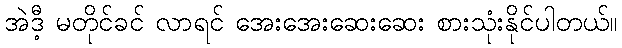
အဲဒီ့ မတိုင်ခင် လာရင် အေးအေးဆေးဆေး စားသုံးနိုင်ပါတယ်။